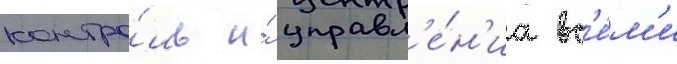
контро́ль и́ управл'е́н'иа вс'е́м'и